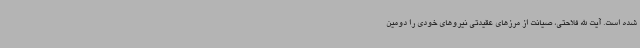
شده است. آیت الله فلاحتی، صیانت از مرزهای عقیدتی نیروهای خودی را دومین